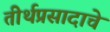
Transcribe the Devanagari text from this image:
तीर्थप्रसादाचे